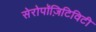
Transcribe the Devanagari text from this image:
सेरोपॉज़िटिविटी